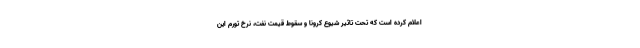
اعلام کرده است که تحت تاثیر شیوع کرونا و سقوط قیمت نفت، نرخ تورم این